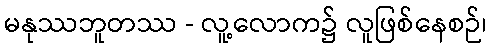
မနုဿဘူတဿ - လူ့လောက၌ လူဖြစ်နေစဉ်၊